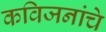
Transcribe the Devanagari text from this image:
कविजनांचे